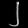
Digit: ၂